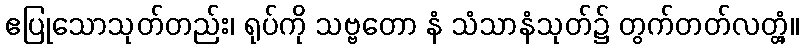
ဧပြုသောသုတ်တည်း၊ ရုပ်ကို သဗ္ဗတော နံ သံသာနံသုတ်၌ တွက်တတ်လတ္တံ့။